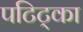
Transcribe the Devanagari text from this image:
पटिट्का